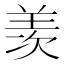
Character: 羡